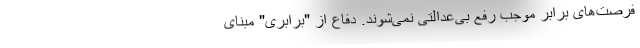
فرصت‌های برابر موجب رفع بی‌عدالتی نمی‌شوند. دفاع از "برابری" مبنای